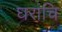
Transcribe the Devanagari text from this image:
घरांचि